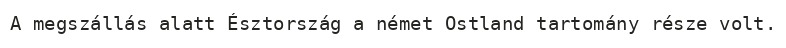
A megszállás alatt Észtország a német Ostland tartomány része volt.